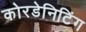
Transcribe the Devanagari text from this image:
कोरडेनिटिंग